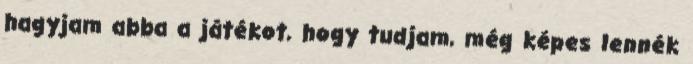
hagyjam abba a játékot, hogy tudjam, még képes lennék